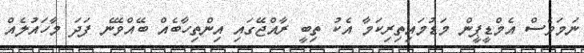
ނަމަވެސް އެމްޑީޕީން މަޑުމައިތިރިކަމާ އެކު ތިބީ ރާއްޖޭގައި އިންތިހާބެއް ބޭއްވޭނެ ފަދަ މާހައުލެއް